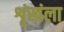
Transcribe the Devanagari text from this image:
शृंखंला